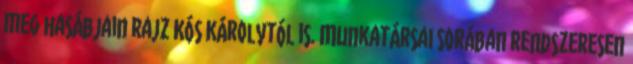
meg hasábjain rajz Kós Károlytól is. Munkatársai sorában rendszeresen